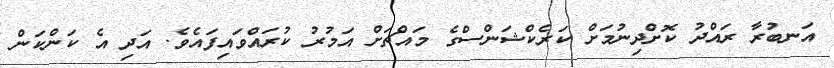
އަނބުރާ ރައްދު ކޮށްދިނުމަށް ކަރެކްޝަންސްގެ މައްޗަށް އަމުރު ކުރައްވައިފައެވެ. އަދި އެ ކަންކަން